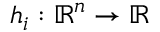
h _ { i } : \mathbb { R } ^ { n } \to \mathbb { R }